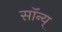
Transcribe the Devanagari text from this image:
सॉन्य्